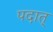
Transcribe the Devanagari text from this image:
पदात्